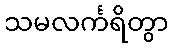
သမလင်္ကရိတွာ